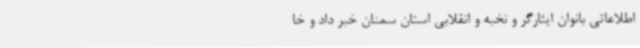
اطلاعاتی بانوان ایثارگر و نخبه و انقلابی استان سمنان خبر داد و خا